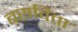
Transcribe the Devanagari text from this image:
बसविता